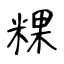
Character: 粿